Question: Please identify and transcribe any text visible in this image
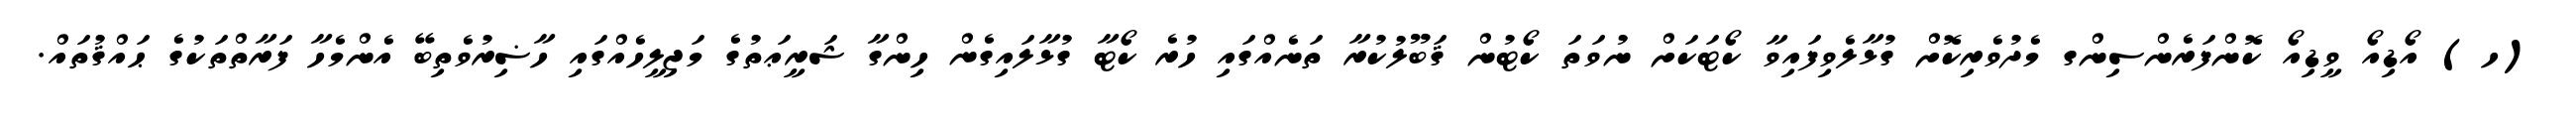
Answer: (ހ) އޯޑިއޯ ވީޑިއޯ ކޮންފަރެންސިންގ މެދުވެރިކޮށް ގުޅާލެވިފައިވާ ކޯޓަކަށް ނުވަތަ ކޯޓުން ޤަބޫލުކުރާ ތަނެއްގައި ހުރެ ކޯޓާ ގުޅާލައިގެން ހިންގާ ޝަރީޢަތުގެ މަޖިލީހެއްގައި ހާޟިރުވެތިބޭ އެންމެހާ ފަރާތްތަކުގެ ޙައްޤުތައް.